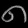
Digit: ၈